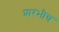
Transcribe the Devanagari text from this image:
प्रारंभीच